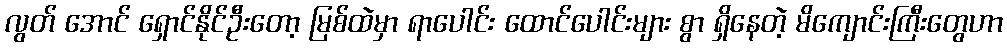
လွတ် အောင် ရှောင်နိုင်ဦးတော့ မြစ်ထဲမှာ ရာပေါင်း ထောင်ပေါင်းများ စွာ ရှိနေတဲ့ မိကျောင်းကြီးတွေဟာ